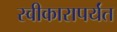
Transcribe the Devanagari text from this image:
स्वीकारापर्यंत